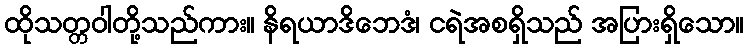
ထိုသတ္တဝါတို့သည်ကား။ နိရယာဒိဘေဒံ၊ ငရဲအစရှိသည် အပြားရှိသော။